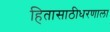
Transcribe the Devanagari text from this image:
हितासाठीधरणाला